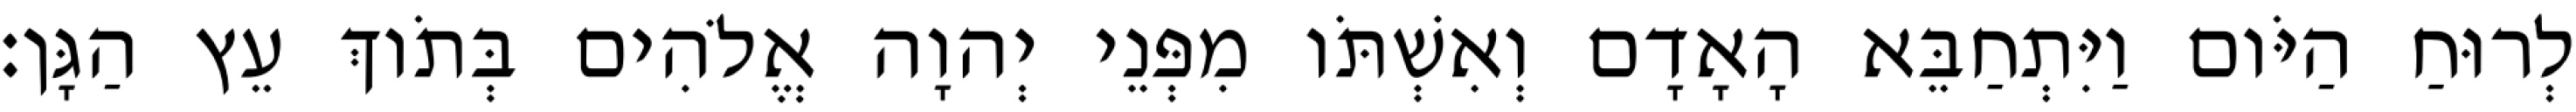
לְרוּחַ הַיֹּום וַיִּתְחַבֵּא הָאָדָם וְאִשְׁתֹּו מִפְּנֵי יְהוָה אֱלֹהִים בְּתֹוךְ עֵץ הַגָּן׃